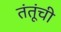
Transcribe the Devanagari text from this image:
तंतूंची